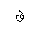
Letter: _qaf